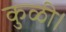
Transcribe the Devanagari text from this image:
कुळी।